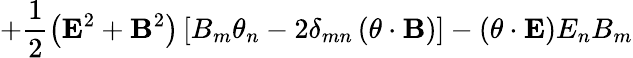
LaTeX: +\frac 12\left({\mathbf E}^{2}+{\mathbf B}^{2}\right)\left[B_{m}\theta_{n}-2\delta_{mn}\left({\mathbf\theta}\cdot{\mathbf B}\right)\right]-\left({\mathbf\theta}\cdot{\mathbf E}\right)E_{n}B_{m}